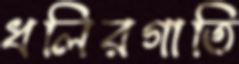
ধলিরগাতি